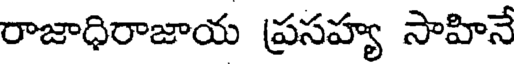
రాజాధిరాజాయ ప్రసహ్య సాహినే